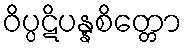
ဝိပ္ပဋိပန္နစိတ္တော